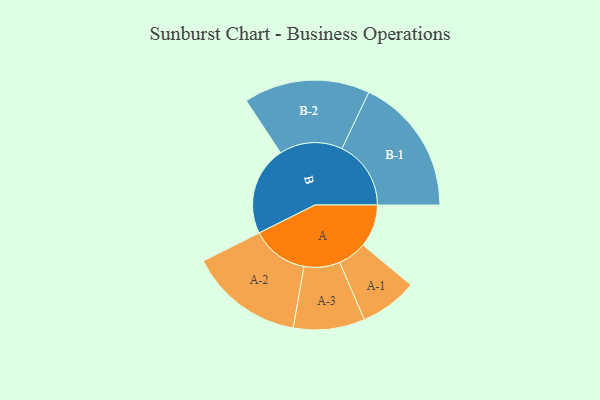
{"axis": {"x": "Segment", "y": "Value"}, "legend": ["", "A", "B"], "data": [{"x": "A", "y": 179, "type": ""}, {"x": "B", "y": 374, "type": ""}, {"x": "A-1", "y": 121, "type": "A"}, {"x": "A-2", "y": 240, "type": "A"}, {"x": "A-3", "y": 150, "type": "A"}, {"x": "B-1", "y": 290, "type": "B"}, {"x": "B-2", "y": 265, "type": "B"}]}